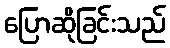
ပြောဆိုခြင်းသည်